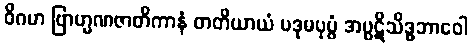
ဝိဂမာ ဗြာဟ္မဏဇာတိကာနံ တတိယာယံ ပဒုမပုပ္ဖံ အပ္ပဋိသိဒ္ဓဘာဝေါ